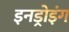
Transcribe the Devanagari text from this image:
इनड्रोइंग